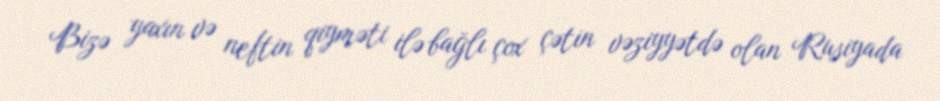
Bizə yaxın və neftin qiyməti ilə bağlı çox çətin vəziyyətdə olan Rusiyada